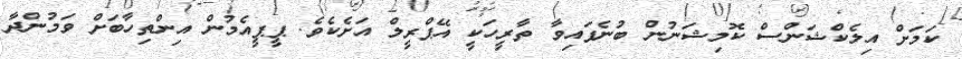
ކަމަށް އިލެކްޝަންސް ކޮމިޝަނުން ބުނެފައިވާ ތާރީހަކީ އޭޕްރީލް އަށެކެވެ. ޕީޕީއެމުން އިންތިހާބަށް ވަމުންދާ